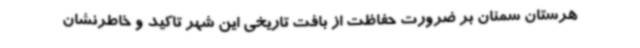
هرستان سمنان بر ضرورت حفاظت از بافت تاریخی این شهر تاکید و خاطرنشان